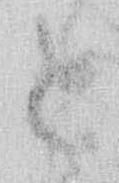
と